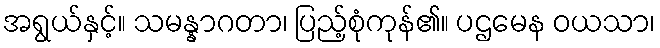
အရွယ်နှင့်။ သမန္နာဂတာ၊ ပြည့်စုံကုန်၏။ ပဌမေန ဝယသာ၊